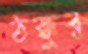
ঠক্কুর